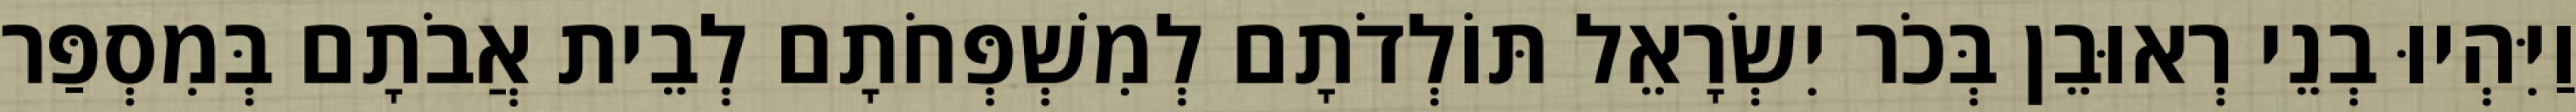
וַיִּהְיוּ בְנֵי רְאוּבֵן בְּכֹר יִשְׂרָאֵל תּוֹלְדֹתָם לְמִשְׁפְּחֹתָם לְבֵית אֲבֹתָם בְּמִסְפַּר